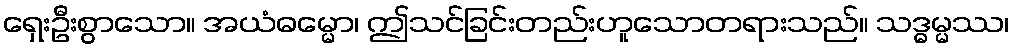
ရှေးဦးစွာသော။ အယံဓမ္မော၊ ဤသင်ခြင်းတည်းဟူသောတရားသည်။ သဒ္ဓမ္မဿ၊